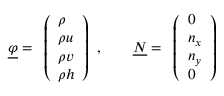
\underline { { \varphi } } = \begin{array} { l } { \left( \begin{array} { l } { \rho } \\ { \rho u } \\ { \rho v } \\ { \rho h } \end{array} \right) } \end{array} , \quad \quad \underline { { N } } = \begin{array} { l } { \left( \begin{array} { l } { 0 } \\ { n _ { x } } \\ { n _ { y } } \\ { 0 } \end{array} \right) } \end{array}